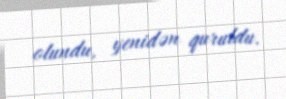
olundu, yenidən quruldu.